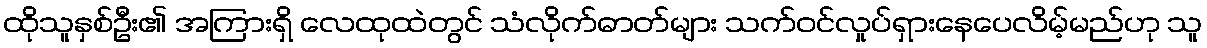
ထိုသူနှစ်ဦး၏ အကြားရှိ လေထုထဲတွင် သံလိုက်ဓာတ်များ သက်ဝင်လှုပ်ရှားနေပေလိမ့်မည်ဟု သူ